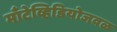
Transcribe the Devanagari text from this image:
माँटेव्हिडियोजवळ